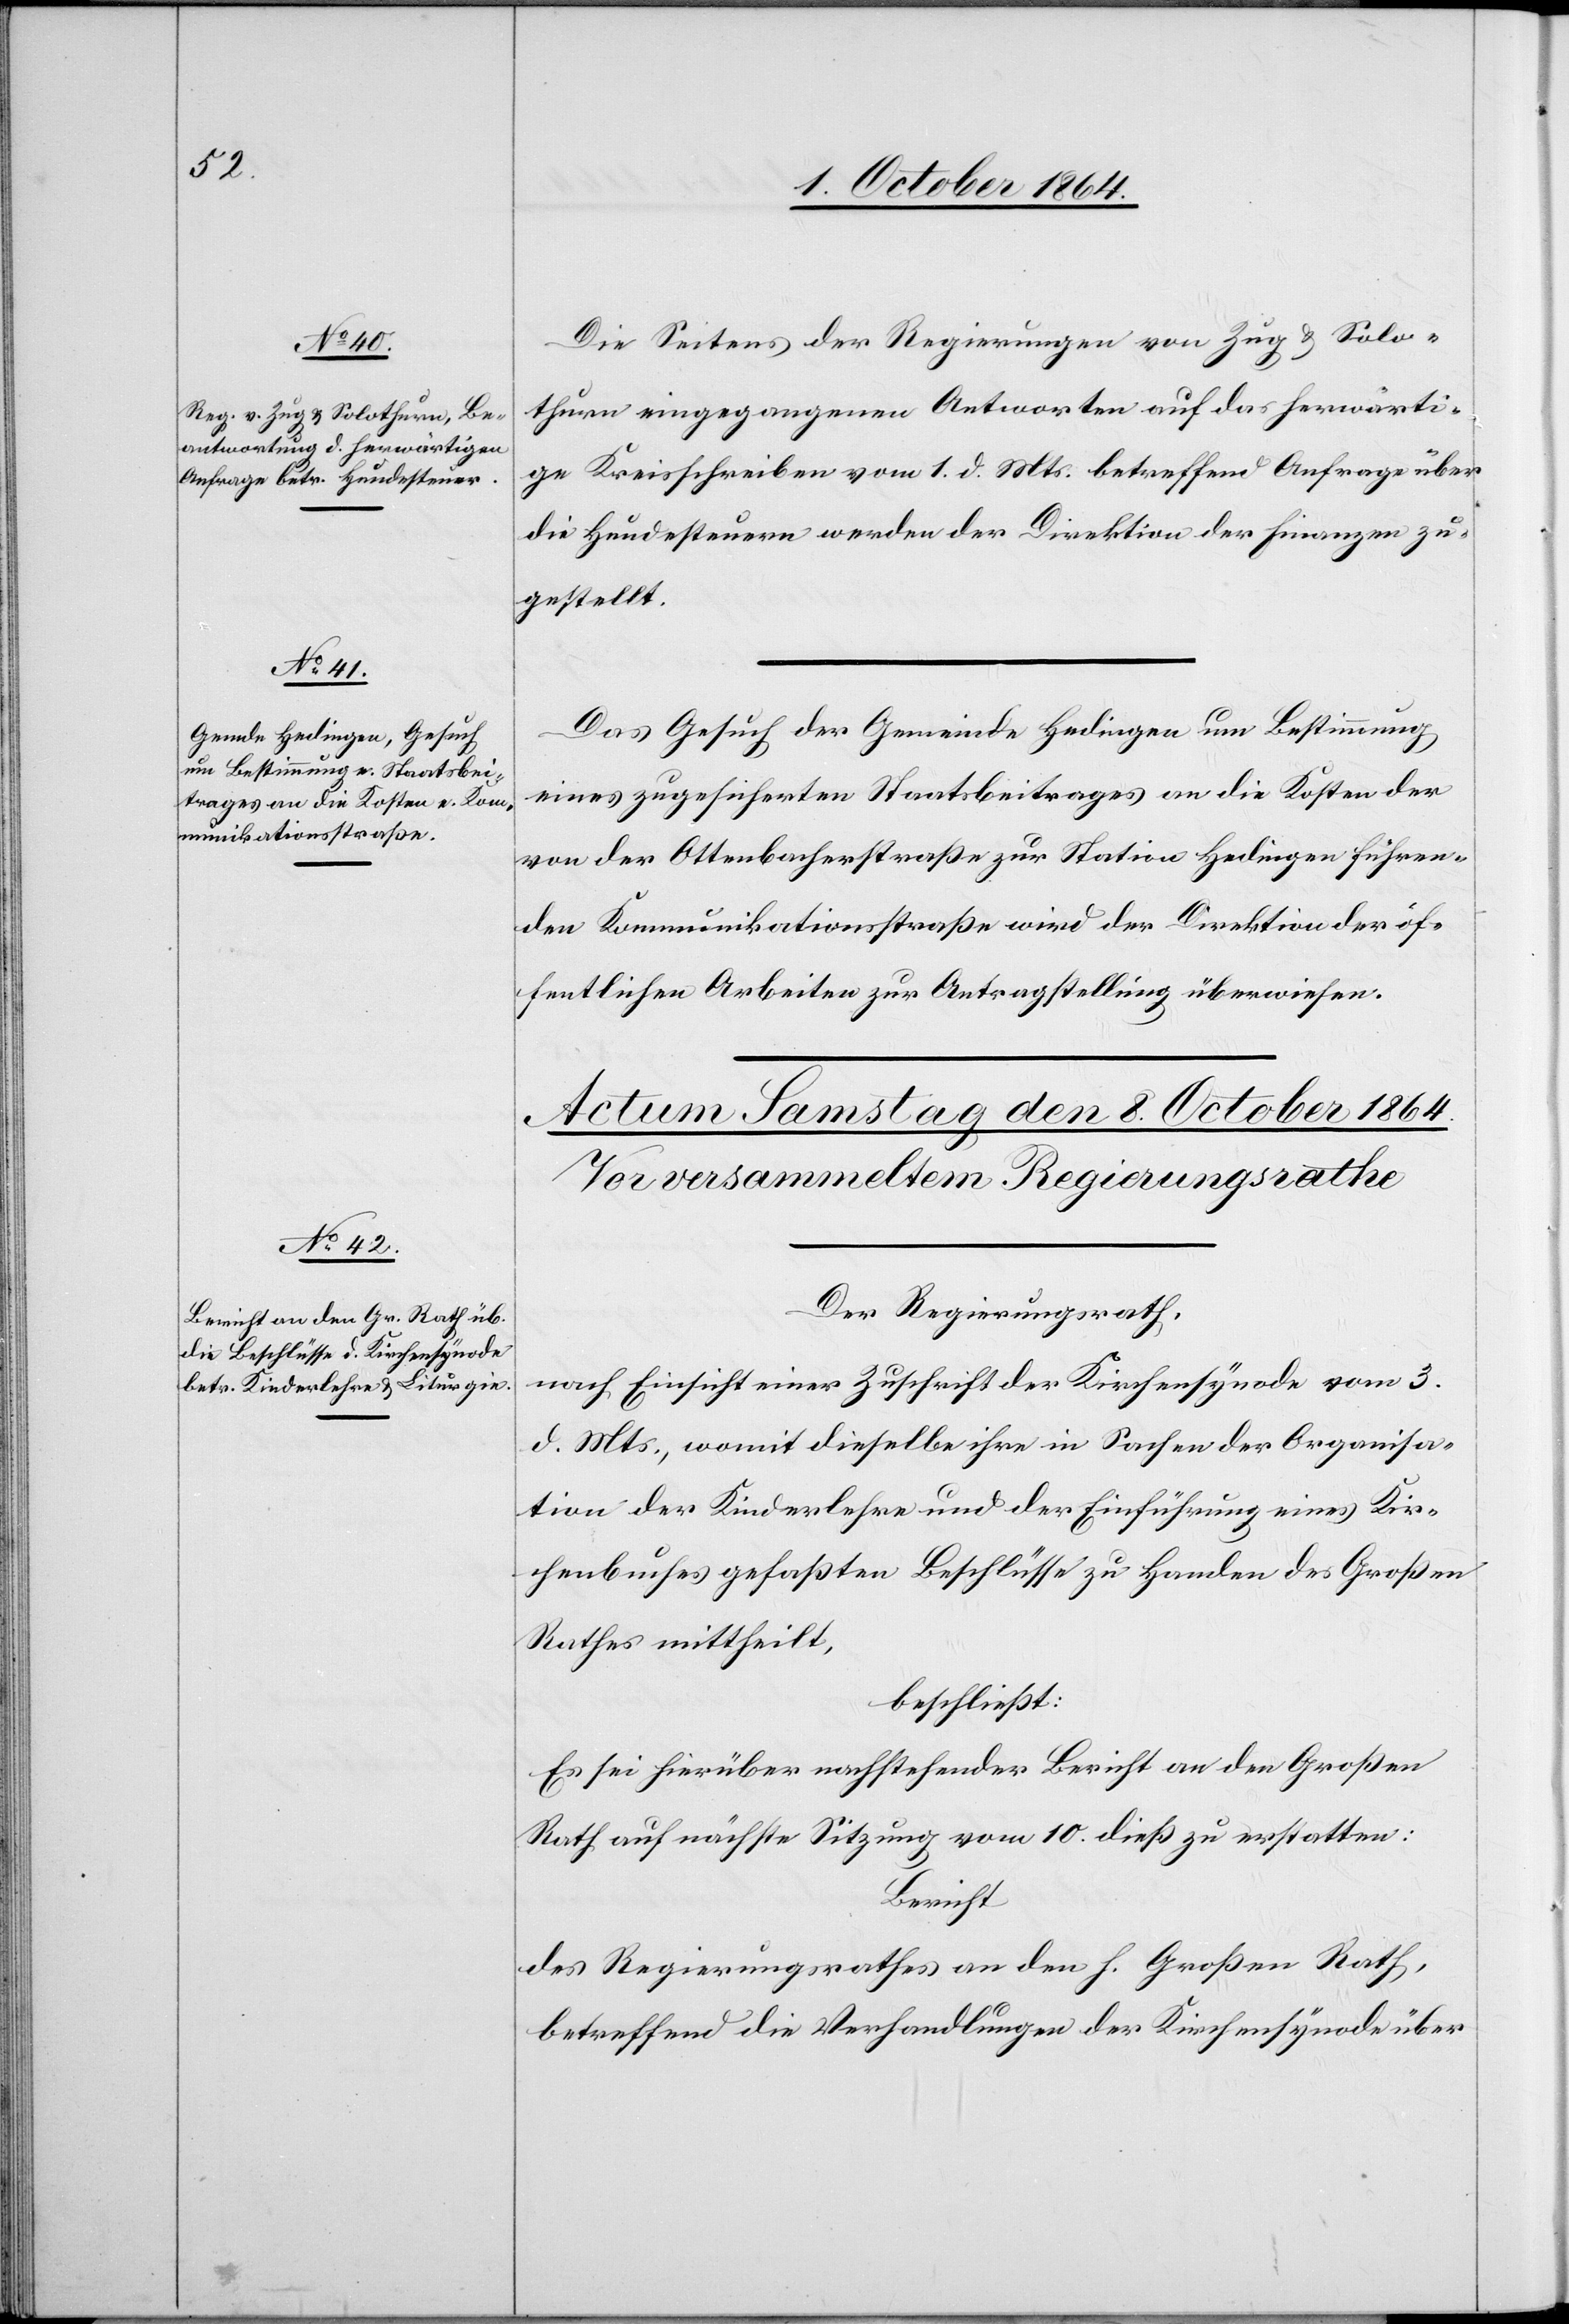
7. October 1864.]
Die Seitens der Regierungen von Zug & Solo¬
thurn eingegangenen Antworten auf das herwärti¬
ge Kreisschreiben vom 1. d. Mts. betreffend Anfrage über
die Hundesteuern werden der Direktion der Finanzen zu¬
gestellt.
Das Gesuch der Gemeinde Hedingen um Bestimmung
eines zugesicherten Staatsbeitrages an die Kosten der
von der Ottenbacherstraße zur Station Hedingen führen¬
den Kommunikationsstraße wird der Direktion der öf¬
fentlichen Arbeiten zur Antragstellung überwiesen.
Der Regierungsrath
nach Einsicht einer Zuschrift der Kirchsynode vom 3.
d. Mts., womit dieselbe ihre in Sachen der Organisa¬
tion der Kinderlehre und der Einführung eines Kir¬
chenbuches gefaßten Beschlüsse zu Handen des Großen
Rathes mittheilt,
beschließt:
Es sei hierüber nachstehender Bericht an den Großen
Rath auf nächste Sitzung vom 10. dieß zu erstatten:
Bericht
des Regierungsrathes an den h. Großen Rath,
betreffend die Verhandlungen der Kirchsynode über